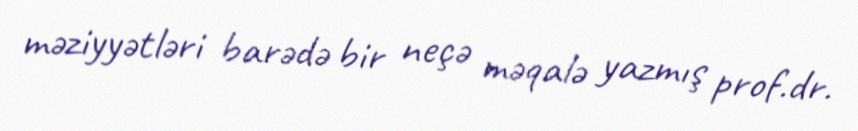
məziyyətləri barədə bir neçə məqalə yazmış prof.dr.